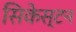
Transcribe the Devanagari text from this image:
सिकेस्टन